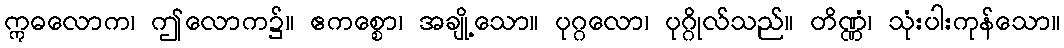
ဣဓလောက၊ ဤလောက၌။ ဧကစ္စော၊ အချို့သော။ ပုဂ္ဂလော၊ ပုဂ္ဂိုလ်သည်။ တိဏ္ဏံ၊ သုံးပါးကုန်သော။